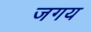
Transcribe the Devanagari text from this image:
जगय